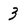
Character: 3